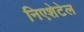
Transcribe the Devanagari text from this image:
निएशेटेल